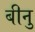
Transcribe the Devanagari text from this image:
बीनु